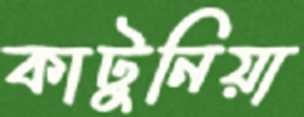
কাটুনিয়া